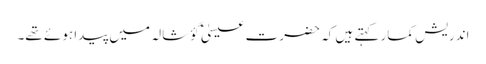
اندریش کمار کہتے ہیں کہ حضرت عیسیٰؑ گؤشالہ میں پیدا ہوئے تھے۔